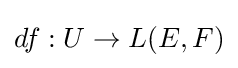
df:U\to L(E,F)